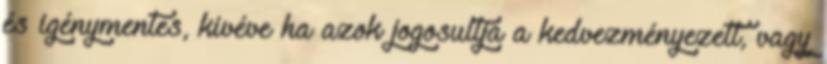
és igénymentes, kivéve ha azok jogosultja a kedvezményezett, vagy